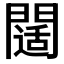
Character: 𨶐